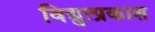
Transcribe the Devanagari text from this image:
विद्युत्प्रकाश